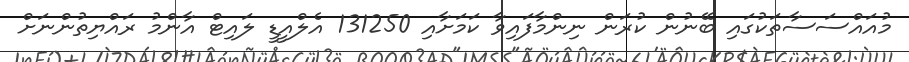
މުއައްސަސާތަކުގައި ބޭނުން ކުރަން ނިންމާފައިވާ ކަމަށާއި 131250 އެލްއީޑީ ލައިޓް އާންމު ރައްޔިތުންނަށް